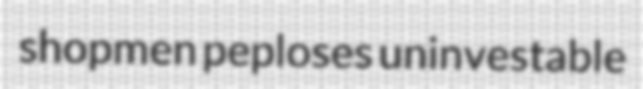
shopmen peploses uninvestable